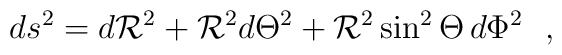
ds^2 = d{{\cal R}}^2 + {{\cal R}}^2 d{\Theta}^2 +{{\cal R}}^2\sin ^2 \Theta \, d\Phi^2 \ \ ,